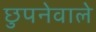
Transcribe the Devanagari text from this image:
छुपनेवाले